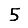
Digit: 5